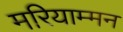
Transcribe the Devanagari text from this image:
मरियाम्मन